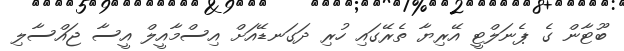
ބޫޓާން ގެ ޕެނަލްޓީ އޭރިޔާ ތެރޭގައި ހުރި ދަގަނޑޭއަށް އިސްމާއީލް އީސާ ޖައްސާލި